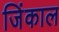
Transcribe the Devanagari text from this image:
जिंकाल